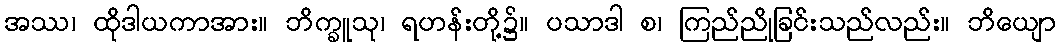
အဿ၊ ထိုဒါယကာအား။ ဘိက္ခူသု၊ ရဟန်းတို့၌။ ပသာဒါ စ၊ ကြည်ညိုခြင်းသည်လည်း။ ဘိယျော